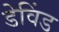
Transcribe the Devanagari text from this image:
डेविंड